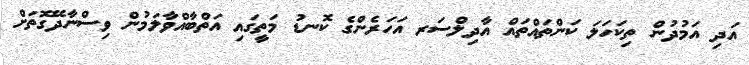
އަދި އަމުދުން ތިކަހަލަ ކަންތައްތައް އާދިލްސަރ އަހަރެންގެ ކޮނޑު މަތީގައި އަތްބާއްވާލަމުން ވިސްނާދޭގޮތަށް